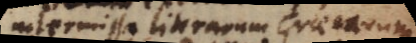
intermissa literarum Graecarum